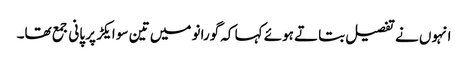
انہوں نے تفصیل بتاتے ہوئے کہا کہ گورانو میں تین سو ایکڑ پر پانی جمع تھا۔